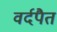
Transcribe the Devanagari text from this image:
वर्दपैत